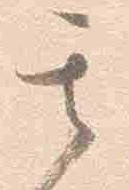
其